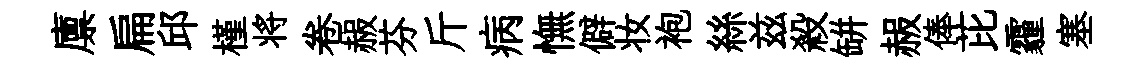
廪扁邱槿将卷赧芬斤病憮僻妆袍絲兹殺缾赧俸芘霾塞